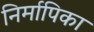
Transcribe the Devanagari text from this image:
निर्मापिका